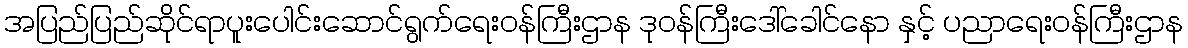
အပြည်ပြည်ဆိုင်ရာပူးပေါင်းဆောင်ရွက်ရေးဝန်ကြီးဌာန ဒုဝန်ကြီးဒေါ်ခေါင်နော နှင့် ပညာရေးဝန်ကြီးဌာန